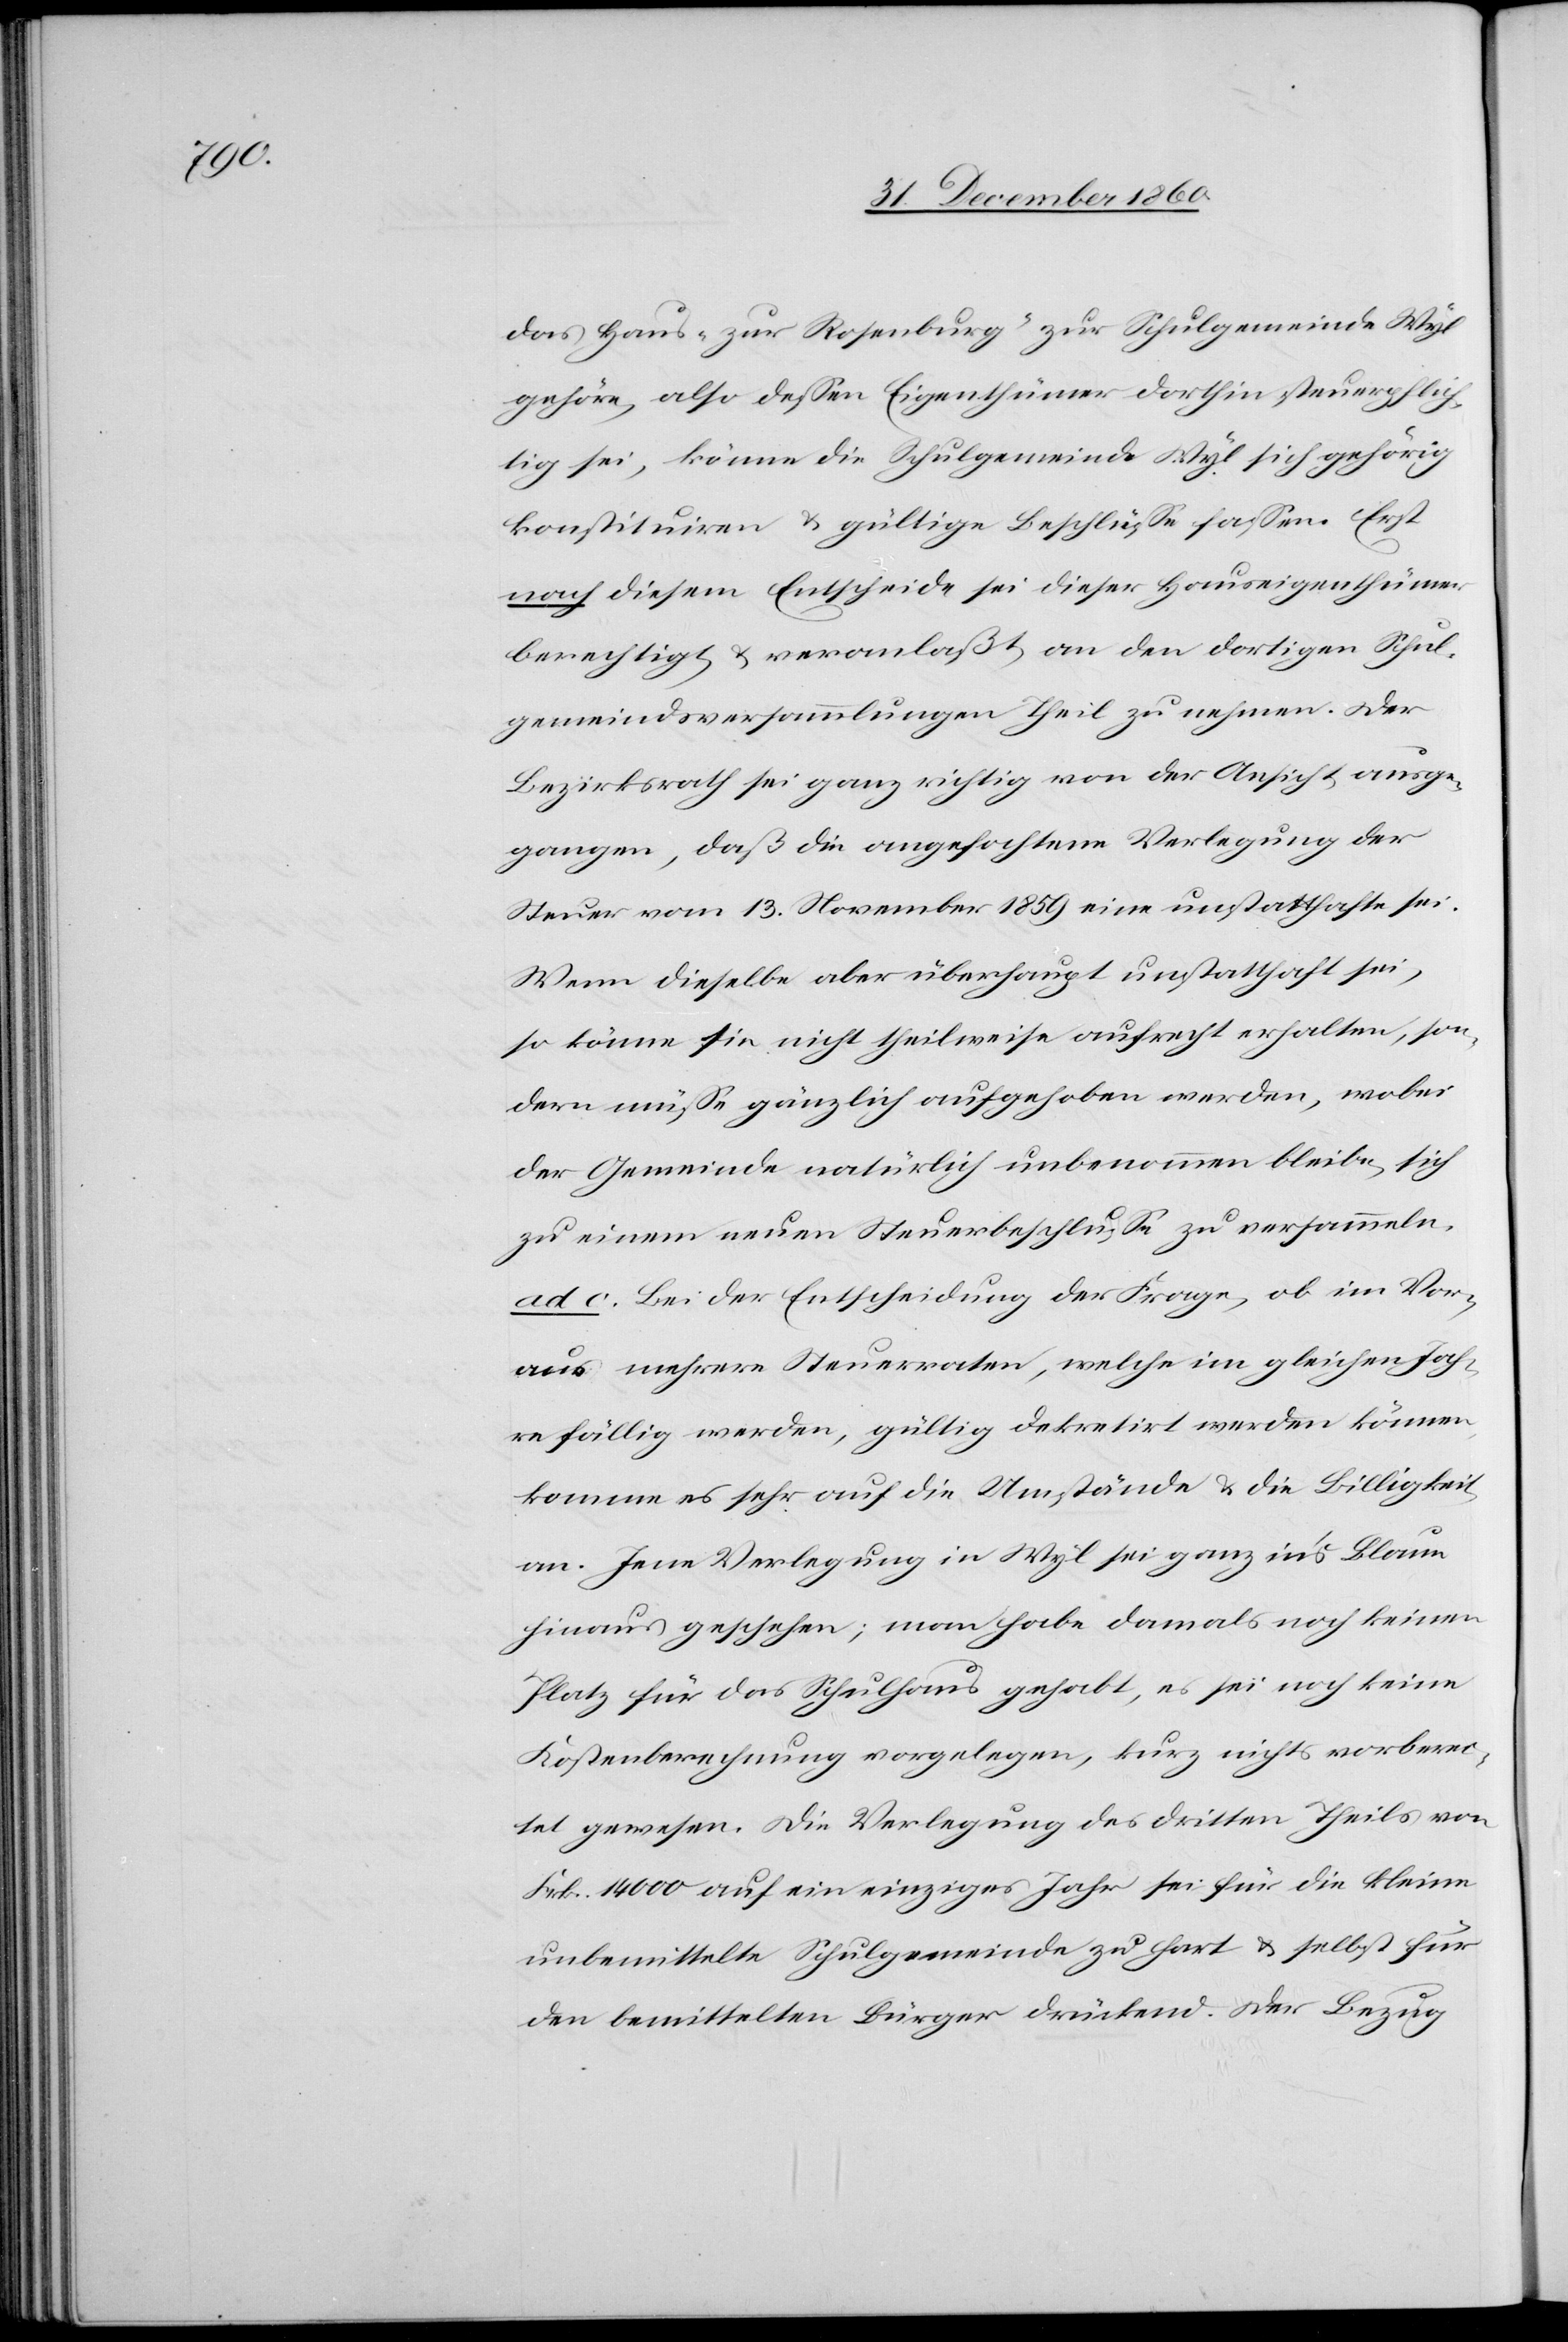
das Haus „zur Rosenburg“ zur Schulgemeinde Wyl
gehöre, also dessen Eigenthümer dorthin steuerpflich¬
tig sei, könne die Schulgemeinde Wyl sich gehörig
konstituiren u. gültige Beschlüsse fassen. Erst
nach diesem Entscheide sei dieser Hauseigenthümer
berechtigt u. veranlaßt, an den dortigen Schul¬
gemeindsversammlungen Theil zu nehmen. Der
Bezirksrath sei ganz richtig von der Ansicht ausge¬
gangen, daß die angefochtene Verlegung der
Steuer vom 13. November 1859 eine unstatthafte sei.
Wenn dieselbe aber überhaupt unstatthaft sei,
so könne sie nicht theilweise aufrecht erhalten, son¬
dern müsse gänzlich aufgehoben werden, wobei
der Gemeinde natürlich unbenommen bleibe, sich
zu einem neuen Steuerbeschlusse zu versammeln.
ad c. Bei der Entscheidung der Frage, ob im Vor¬
aus mehrere Steuerraten, welche im gleichen Jah¬
re fällig werden, gültig dekretirt werden können,
an. Jene Verlegung in Wyl sei ganz in’s Blaue
hinaus geschehen; man habe damals noch keinen
Platz für das Schulhaus gehabt, es sei noch keine
Kostenberechnung vorgelegen, kurz nichts vorberei¬
tet gewesen. Die Verlegung des dritten Theils von
Frk. 14 000 auf ein einziges Jahr sei für die kleine
unbemittelte Schulgemeinde zu hart u. selbst für
den bemittelten Bürger drückend. Der Bezug